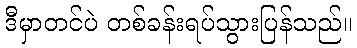
ဒီမှာတင်ပဲ တစ်ခန်းရပ်သွားပြန်သည်။